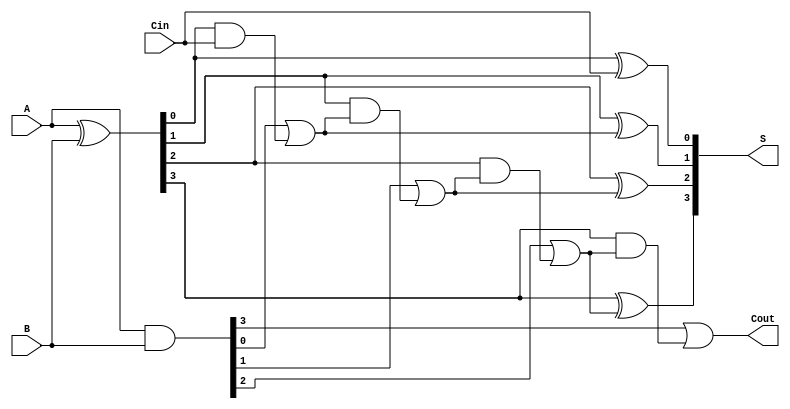
`timescale 1ns / 1ps

module CarryLookAhead_Adder #(
    parameter N = 4
)(
    input   wire    [N-1:0]     A, B,           // N-bit inputs A and B
    input   wire                Cin,            // Carry input
    output  wire    [N-1:0]     S,              // N-bit sum output
    output  wire                Cout            // Carry output
    );
    
    wire    [N-1:0]    G, P;     // Generate and propagate signals
    wire    [N:0]      C;          // Internal carry signals (N+1 bits)

    // Generate and propagate signals
    assign G = A & B;      // Generate: AND of A and B
    assign P = A ^ B;      // Propagate: XOR of A and B
    
    // Internal carry signals calculation
    assign C[0] = Cin;
    
    genvar i;
    generate
        for (i = 1; i <= N; i = i + 1) begin : carry_calc
            assign C[i] = G[i-1] | (P[i-1] & C[i-1]);
        end
    endgenerate

    // Sum calculation
    generate
        for (i = 0; i < N; i = i + 1) begin : sum_calc
            assign S[i] = P[i] ^ C[i];
        end
    endgenerate
    
    // Final carry out
    assign Cout = C[N];
    
endmodule